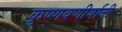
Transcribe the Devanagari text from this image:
कृष्णवणीर्यांनी